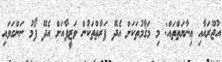
އުޖޫރައާއި ޢިނާޔަތްތައް: މި މަޤާމުތަކަށް އެދޭ ފަރާތްތަކުން ވަޒީފާއަށް އެދޭ ފޯމު ނަންގަވައި